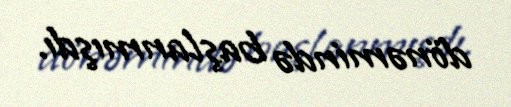
dönəmində başlanmışdı.